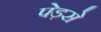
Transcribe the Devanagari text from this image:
पेड़से